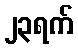
၂၃ရက်